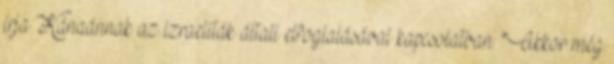
írja Kánaánnak az izraeliták általi elfoglalásával kapcsolatban: "Akkor még